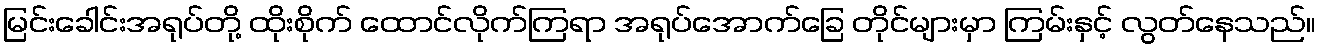
မြင်းခေါင်းအရုပ်တို့ ထိုးစိုက် ထောင်လိုက်ကြရာ အရုပ်အောက်ခြေ တိုင်များမှာ ကြမ်းနှင့် လွတ်နေသည်။